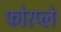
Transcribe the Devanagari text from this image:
फोरप्ले